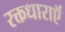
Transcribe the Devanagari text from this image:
रक्तधाराऍं